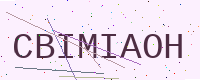
Text: CBIMIAOH